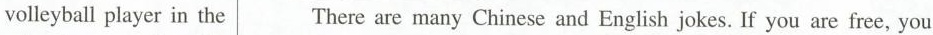
volleyball player in the There are many Chinese and English jokes. If you are free, you